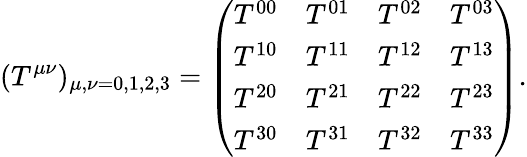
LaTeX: (T^{\mu\nu})_{\mu,\nu=0,1,2,3}={\left(\begin{array}{llll}{T^{00}}&{T^{01}}&{T^{02}}&{T^{03}}\\ {T^{10}}&{T^{11}}&{T^{12}}&{T^{13}}\\ {T^{20}}&{T^{21}}&{T^{22}}&{T^{23}}\\ {T^{30}}&{T^{31}}&{T^{32}}&{T^{33}}\end{array}\right)}.